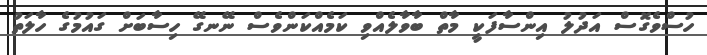
ހުސްވެގޮސް އަދުލު އިންސާފަކީ މާތް ބާވާލެއްވި ކަމެއްކަންވެސް ނޭނގޭ ހިސާބަށް ގައުމުގެ ހާލަތު